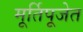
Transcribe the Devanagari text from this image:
मूर्तिपूजेत